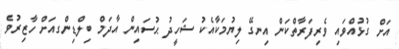
އަށް ގުޅުއްވައި ވެރިފަރާތްކަން އިނގޭ ލިޔުމަކާއެކު ޝަހީދު ޙުސައިން އާދަމް ބިލްޑިންގއަށް ހާޒިރުވެ